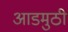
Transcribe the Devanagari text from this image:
आडमुठी